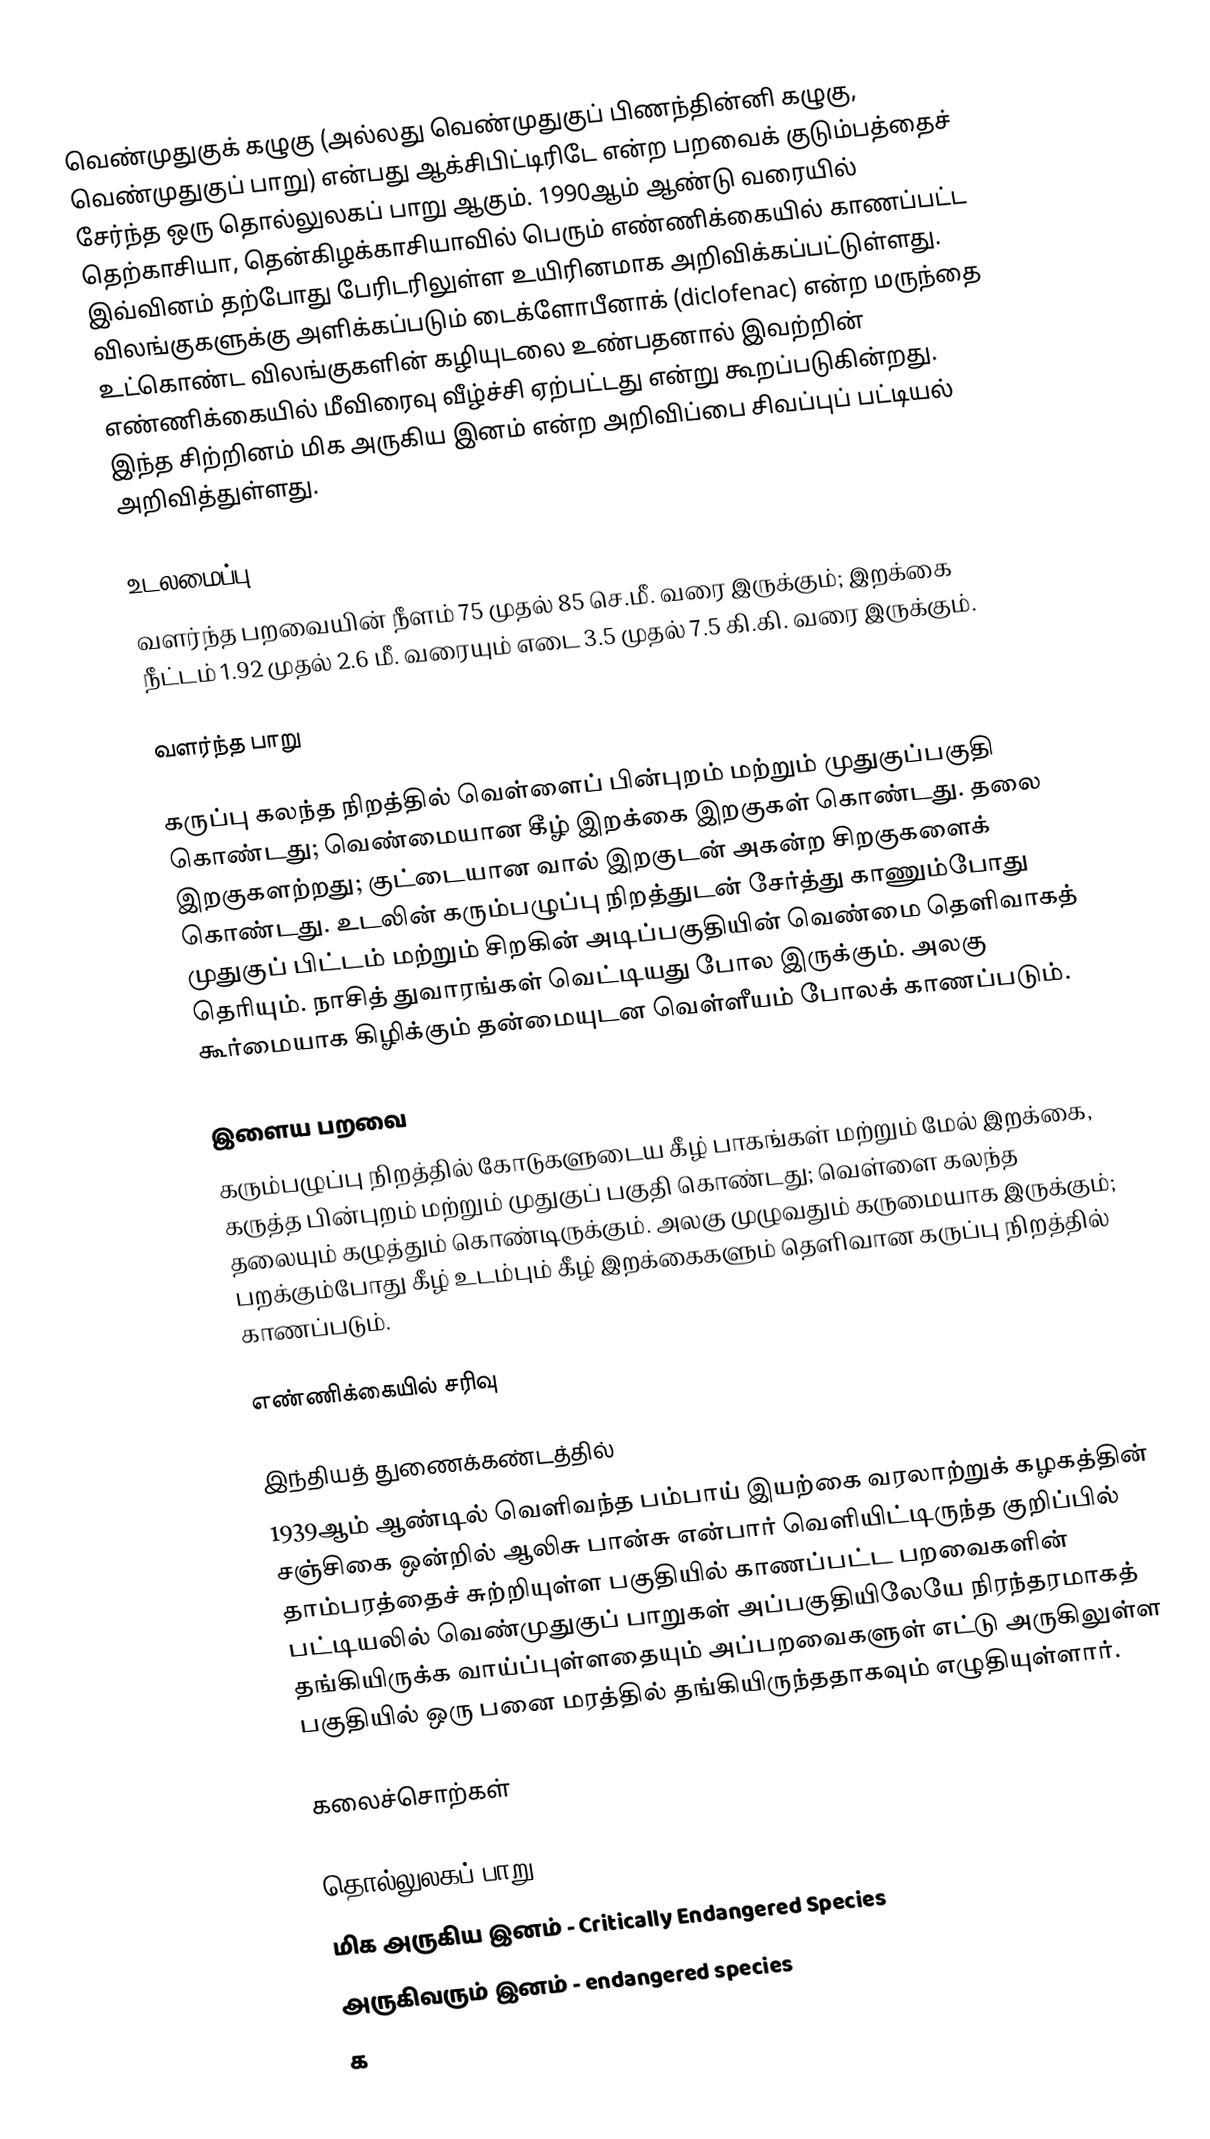
வெண்முதுகுக் கழுகு (அல்லது வெண்முதுகுப் பிணந்தின்னி கழுகு, வெண்முதுகுப் பாறு) என்பது ஆக்சிபிட்டிரிடே என்ற பறவைக் குடும்பத்தைச் சேர்ந்த ஒரு தொல்லுலகப் பாறு ஆகும். 1990ஆம் ஆண்டு வரையில் தெற்காசியா, தென்கிழக்காசியாவில் பெரும் எண்ணிக்கையில் காணப்பட்ட இவ்வினம் தற்போது பேரிடரிலுள்ள உயிரினமாக அறிவிக்கப்பட்டுள்ளது. விலங்குகளுக்கு அளிக்கப்படும் டைக்ளோபீனாக் (diclofenac) என்ற மருந்தை உட்கொண்ட விலங்குகளின் கழியுடலை உண்பதனால் இவற்றின் எண்ணிக்கையில் மீவிரைவு வீழ்ச்சி ஏற்பட்டது என்று கூறப்படுகின்றது. இந்த சிற்றினம் மிக அருகிய இனம் என்ற அறிவிப்பை சிவப்புப் பட்டியல் அறிவித்துள்ளது.

உடலமைப்பு
வளர்ந்த பறவையின் நீளம் 75 முதல் 85 செ.மீ. வரை இருக்கும்; இறக்கை நீட்டம் 1.92 முதல் 2.6 மீ. வரையும் எடை 3.5 முதல் 7.5 கி.கி. வரை இருக்கும்.

வளர்ந்த பாறு

கருப்பு கலந்த நிறத்தில் வெள்ளைப் பின்புறம் மற்றும் முதுகுப்பகுதி கொண்டது; வெண்மையான கீழ் இறக்கை இறகுகள் கொண்டது. தலை இறகுகளற்றது; குட்டையான வால் இறகுடன் அகன்ற சிறகுகளைக் கொண்டது. உடலின் கரும்பழுப்பு நிறத்துடன் சேர்த்து காணும்போது முதுகுப் பிட்டம் மற்றும் சிறகின் அடிப்பகுதியின் வெண்மை  தெளிவாகத் தெரியும். நாசித் துவாரங்கள் வெட்டியது போல இருக்கும். அலகு கூர்மையாக கிழிக்கும் தன்மையுடன வெள்ளீயம் போலக் காணப்படும்.

இளைய பறவை
கரும்பழுப்பு நிறத்தில் கோடுகளுடைய கீழ் பாகங்கள் மற்றும் மேல் இறக்கை, கருத்த பின்புறம் மற்றும் முதுகுப் பகுதி கொண்டது; வெள்ளை கலந்த தலையும் கழுத்தும் கொண்டிருக்கும். அலகு முழுவதும் கருமையாக இருக்கும்; பறக்கும்போது கீழ் உடம்பும் கீழ் இறக்கைகளும் தெளிவான கருப்பு நிறத்தில் காணப்படும்.

எண்ணிக்கையில் சரிவு

இந்தியத் துணைக்கண்டத்தில்
1939ஆம் ஆண்டில் வெளிவந்த பம்பாய் இயற்கை வரலாற்றுக் கழகத்தின் சஞ்சிகை ஒன்றில் ஆலிசு பான்சு என்பார் வெளியிட்டிருந்த குறிப்பில் தாம்பரத்தைச் சுற்றியுள்ள பகுதியில் காணப்பட்ட பறவைகளின் பட்டியலில் வெண்முதுகுப் பாறுகள் அப்பகுதியிலேயே நிரந்தரமாகத் தங்கியிருக்க வாய்ப்புள்ளதையும் அப்பறவைகளுள் எட்டு அருகிலுள்ள பகுதியில் ஒரு பனை மரத்தில் தங்கியிருந்ததாகவும் எழுதியுள்ளார்.

கலைச்சொற்கள்

 தொல்லுலகப் பாறு - Old World Vulture
மிக அருகிய இனம் - Critically Endangered Species
 அருகிவரும் இனம் - endangered species
 க